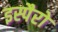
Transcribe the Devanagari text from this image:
इस्पैरो